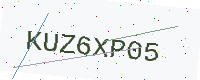
Text: KUZ6XP05